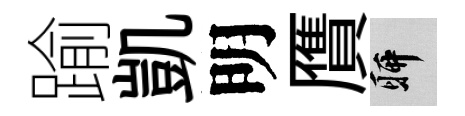
踰凱明贋聊